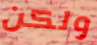
ولكن